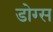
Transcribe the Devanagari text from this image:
डोग्स